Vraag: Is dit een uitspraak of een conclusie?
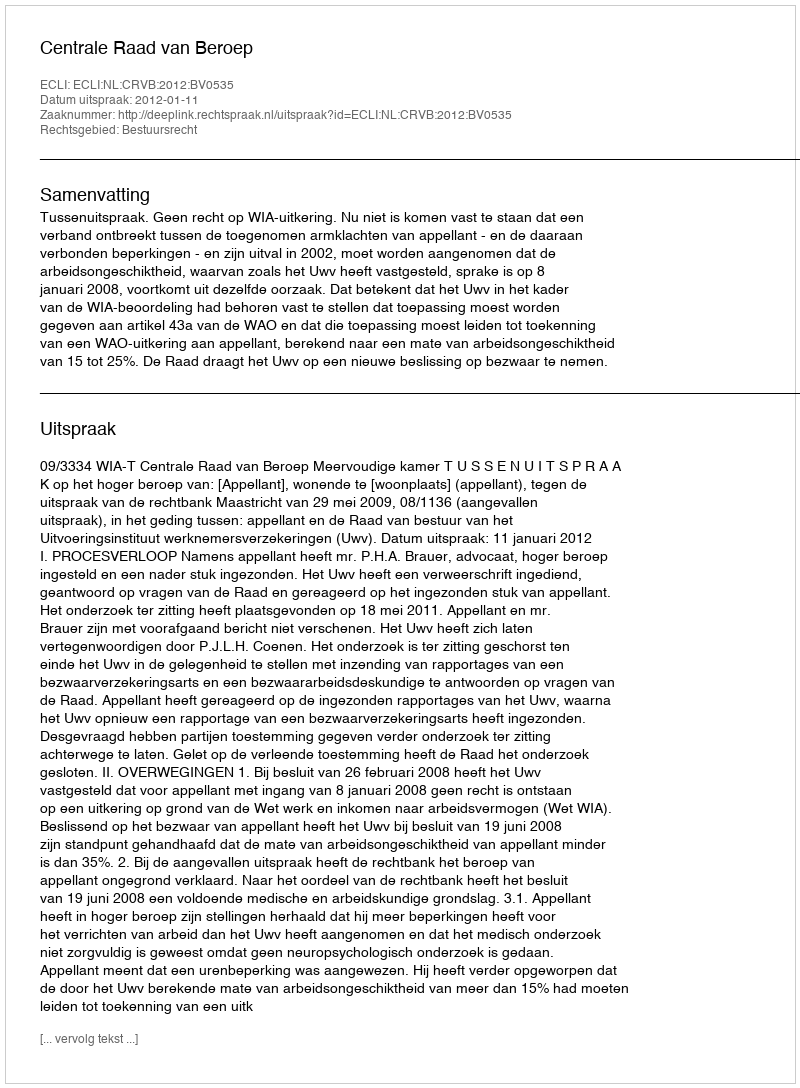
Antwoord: Uitspraak